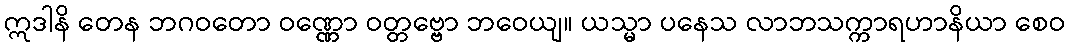
ဣဒါနိ တေန ဘဂဝတော ဝဏ္ဏော ဝတ္တဗ္ဗော ဘဝေယျ။ ယသ္မာ ပနေသ လာဘသက္ကာရဟာနိယာ စေဝ